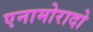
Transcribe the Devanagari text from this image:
एनामोरादो